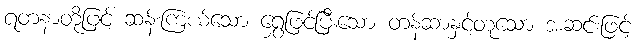
ရတနာတို့ဖြင့် ဆန်းကြယ်သော ရွှေဖြင့်ပြီးသော တန်ဆာနှင့်တူသော အဆင်းဖြင့်